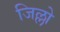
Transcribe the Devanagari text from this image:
जिल्लो